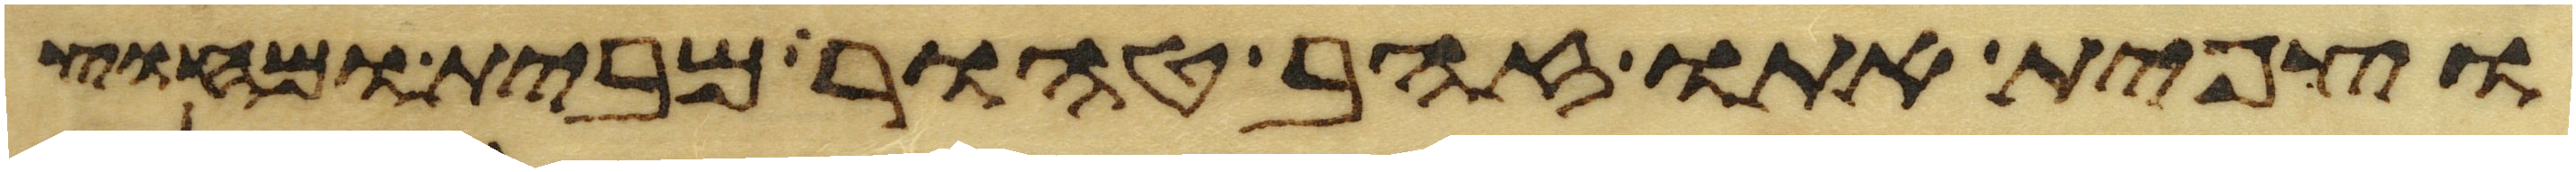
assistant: וצפית אתו זהב טהור מבית ומחוץ